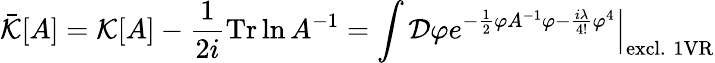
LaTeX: \bar{\cal K}[A]={\cal K}[A]-\frac{1}{2i}\mathrm{Tr}\ln A^{-1}=\int{\cal D}\varphi\left.e^{-\frac{1}{2}\varphi A^{-1}\varphi-\frac{i\lambda}{4!}\varphi^{4}}\right|_{\mathrm{excl.\; 1VR}}